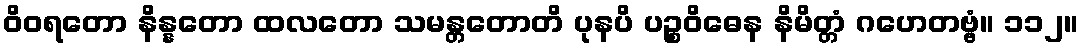
ဝိဝရတော နိန္နတော ထလတော သမန္တတောတိ ပုနပိ ပဉ္စဝိဓေန နိမိတ္တံ ဂဟေတဗ္ဗံ။ ၁၁၂။